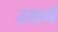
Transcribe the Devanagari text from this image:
उसमॅ